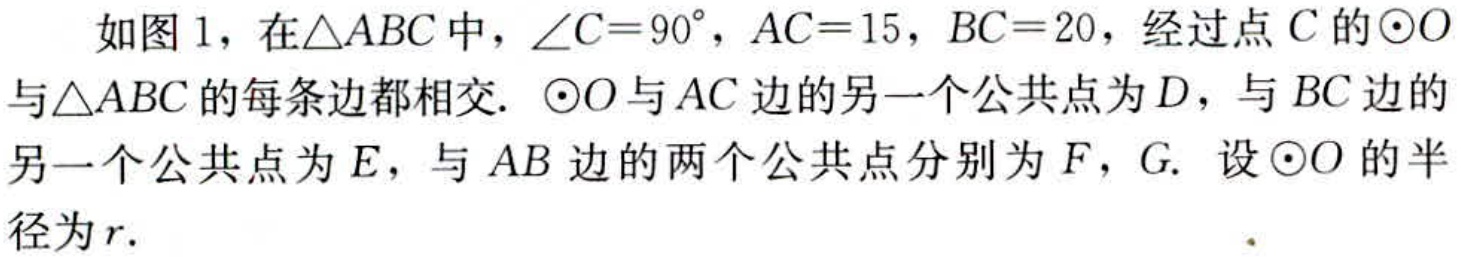
如图1，在\(\triangle ABC\)中，\(\angle C = 90^{\circ}\)，\(AC = 15\)，\(BC = 20\)，经过点\(C\)的\(\odot O\)与\(\triangle ABC\)的每条边都相交. \(\odot O\)与\(AC\)边的另一个公共点为\(D\)，与\(BC\)边的另一个公共点为\(E\)，与\(AB\)边的两个公共点分别为\(F\)，\(G\). 设\(\odot O\)的半径为\(r\).